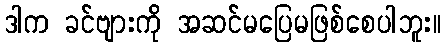
ဒါက ခင်ဗျားကို အဆင်မပြေမဖြစ်စေပါဘူး။